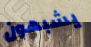
يشبهون